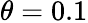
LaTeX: \theta=0.1